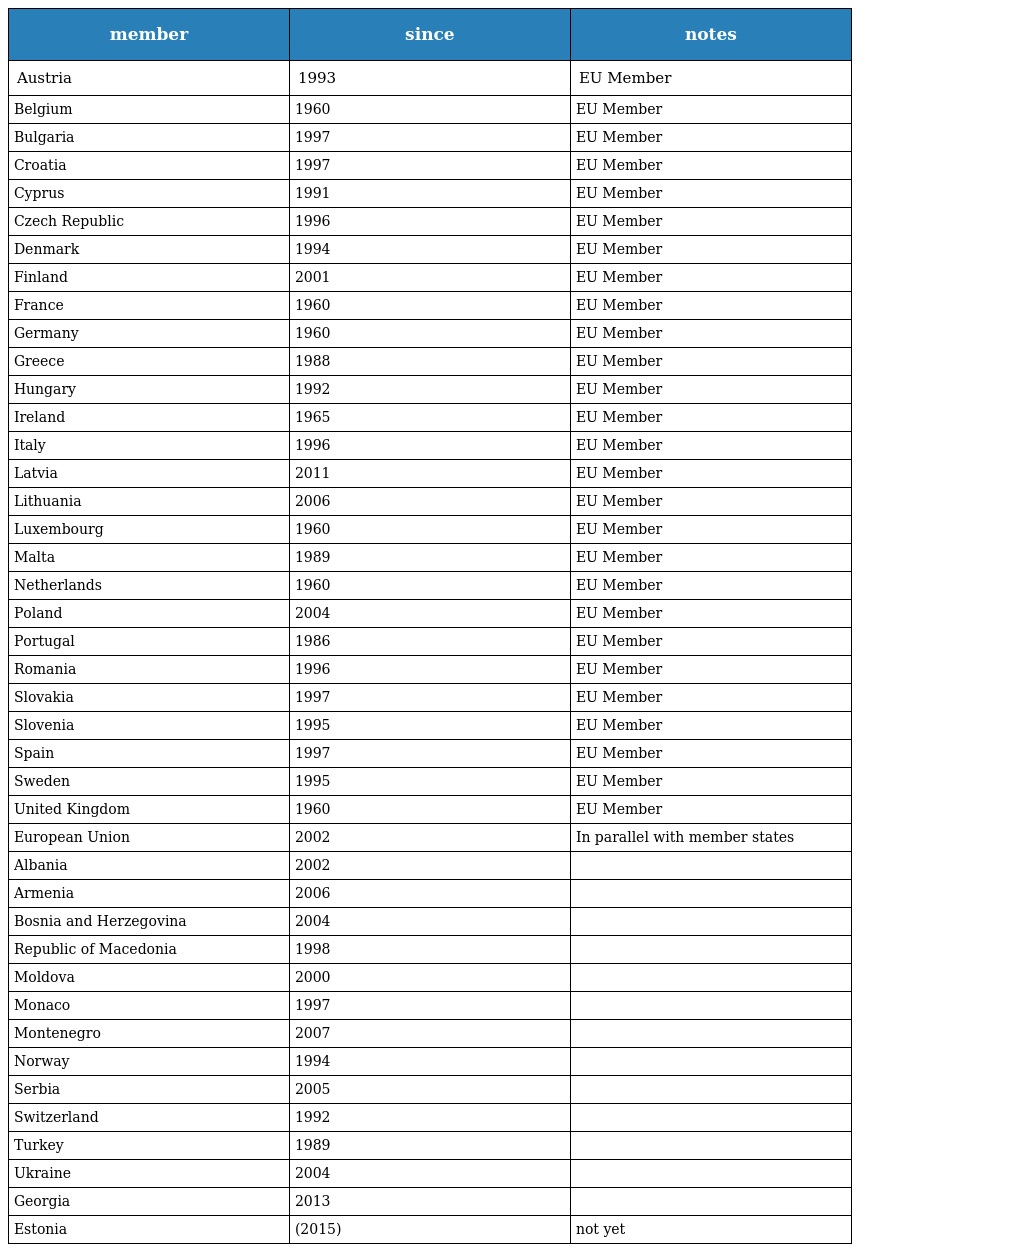
| member | since | notes |
 | --- | --- | --- |
 | Austria | 1993 | EU Member |
 | Belgium | 1960 | EU Member |
 | Bulgaria | 1997 | EU Member |
 | Croatia | 1997 | EU Member |
 | Cyprus | 1991 | EU Member |
 | Czech Republic | 1996 | EU Member |
 | Denmark | 1994 | EU Member |
 | Finland | 2001 | EU Member |
 | France | 1960 | EU Member |
 | Germany | 1960 | EU Member |
 | Greece | 1988 | EU Member |
 | Hungary | 1992 | EU Member |
 | Ireland | 1965 | EU Member |
 | Italy | 1996 | EU Member |
 | Latvia | 2011 | EU Member |
 | Lithuania | 2006 | EU Member |
 | Luxembourg | 1960 | EU Member |
 | Malta | 1989 | EU Member |
 | Netherlands | 1960 | EU Member |
 | Poland | 2004 | EU Member |
 | Portugal | 1986 | EU Member |
 | Romania | 1996 | EU Member |
 | Slovakia | 1997 | EU Member |
 | Slovenia | 1995 | EU Member |
 | Spain | 1997 | EU Member |
 | Sweden | 1995 | EU Member |
 | United Kingdom | 1960 | EU Member |
 | European Union | 2002 | In parallel with member states |
 | Albania | 2002 |  |
 | Armenia | 2006 |  |
 | Bosnia and Herzegovina | 2004 |  |
 | Republic of Macedonia | 1998 |  |
 | Moldova | 2000 |  |
 | Monaco | 1997 |  |
 | Montenegro | 2007 |  |
 | Norway | 1994 |  |
 | Serbia | 2005 |  |
 | Switzerland | 1992 |  |
 | Turkey | 1989 |  |
 | Ukraine | 2004 |  |
 | Georgia | 2013 |  |
 | Estonia | (2015) | not yet |